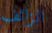
الزائف